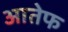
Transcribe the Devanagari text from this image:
आतेफ